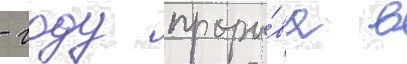
- году проры́ва в